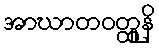
အာဃာတဝတ္ထူနိ